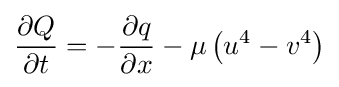
{\frac {\partial Q}{\partial t}}=-{\frac {\partial q}{\partial x}}-\mu \left(u^{4}-v^{4}\right)